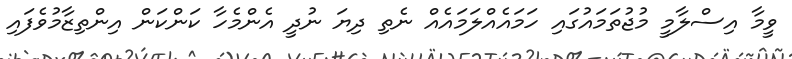
ވީމާ އިސްލާމީ މުޖުތަމައުގައި ހަމައެއްލަމައެއް ނެތި ދިޔަ ނުދީ އެންމެހާ ކަންކަން އިންތިޒާމުވެފައި